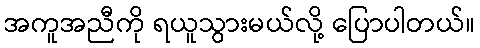
အကူအညီကို ရယူသွားမယ်လို့ ပြောပါတယ်။